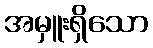
အမှူးရှိသော